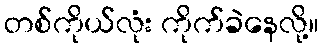
တစ်ကိုယ်လုံး ကိုက်ခဲနေလို့။